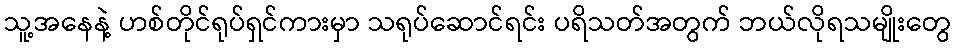
သူ့အနေနဲ့ ဟစ်တိုင်ရုပ်ရှင်ကားမှာ သရုပ်ဆောင်ရင်း ပရိသတ်အတွက် ဘယ်လိုရသမျိုးတွေ